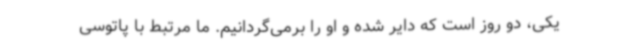
یکی، دو روز است که دایر شده و او را برمی‌گردانیم. ما مرتبط با پاتوسی